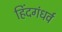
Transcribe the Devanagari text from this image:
हिंदगंधर्व